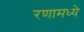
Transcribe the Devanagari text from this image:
रणामध्ये